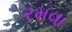
રમવા